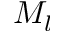
M _ { l }